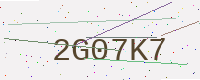
Text: 2G07K7